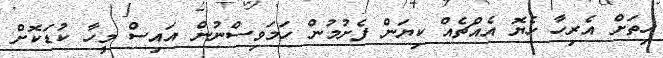
ހިތަށް އެރިހާ ހެޔޮ އެއްޗެއް ކިޔަން ފެށުމުން ހަމަވިސްނުން އައިސް މީހާ ކުޑަކޮށް